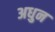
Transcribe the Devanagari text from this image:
अधुन